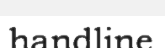
handline